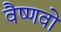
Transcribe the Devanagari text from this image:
वैष्‍णवो